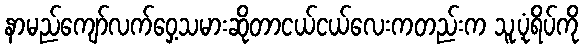
နာမည်ကျော်လက်ဝှေ့သမားဆိုတာငယ်ငယ်လေးကတည်းက သူ့ပုံရိပ်ကို